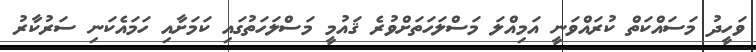
ވަހީދު މަސައްކަތް ކުރައްވަނީ އަމިއްލަ މަސްލަހަތަށްވުރެ ޤައުމީ މަސްލަހަތުގައި ކަމަށާއި ހަމައެކަނި ސަރުކާރު